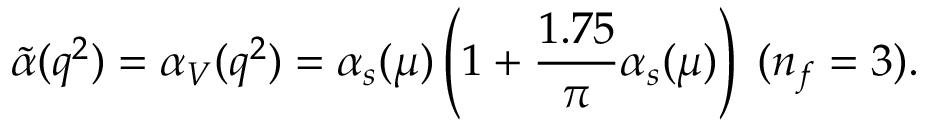
\tilde { \alpha } ( q ^ { 2 } ) = \alpha _ { V } ( q ^ { 2 } ) = \alpha _ { s } ( \mu ) \left( 1 + \frac { 1 . 7 5 } { \pi } \alpha _ { s } ( \mu ) \right) \; ( n _ { f } = 3 ) .